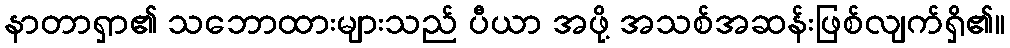
နာတာရှာ၏ သဘောထားများသည် ပီယာ အဖို့ အသစ်အဆန်းဖြစ်လျက်ရှိ၏။